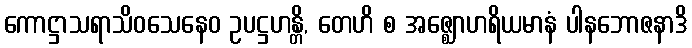
ကောဋ္ဌာသရာသိဝသေနေဝ ဥပဋ္ဌဟန္တိ, တေဟိ စ အဇ္ဈောဟရိယမာနံ ပါနဘောဇနာဒိ